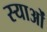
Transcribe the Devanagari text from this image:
स्याओं